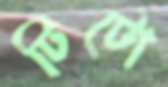
টিটো